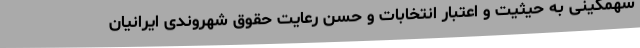
سهمگینی به حیثیت و اعتبار انتخابات و حسن رعایت حقوق شهروندی ایرانیان